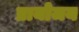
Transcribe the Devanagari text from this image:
प्रायोजय